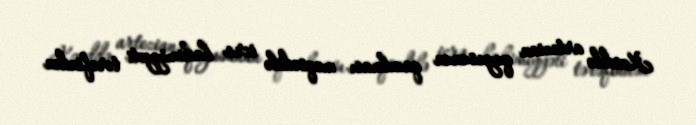
Kənddə artezian quyusunun qazılması məqsədilə icra hakimiyyəti tərəfindən